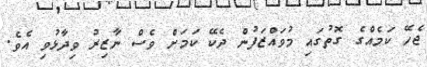
ޖެހޭ ކަމެއްގެ ގޮތުގައި މުވައްޒަފުން ދެކޭ ކަމަށް ވެސް ނާޒިރު ވިދާޅުވި އެވެ.